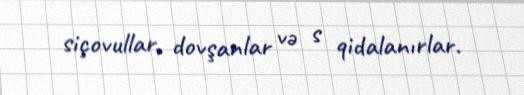
siçovullar, dovşanlar və s qidalanırlar.